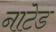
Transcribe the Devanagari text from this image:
नाटेड